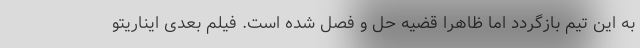
به این تیم بازگردد اما ظاهرا قضیه حل و فصل شده است. فیلم بعدی ایناریتو